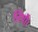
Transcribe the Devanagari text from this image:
तिथौ।